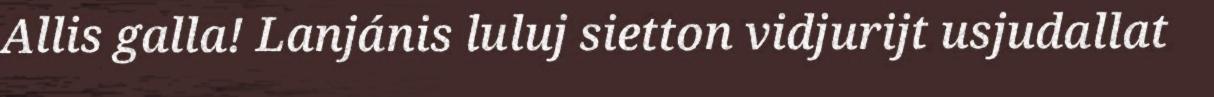
Allis galla! Lanjánis luluj sietton vidjurijt usjudallat